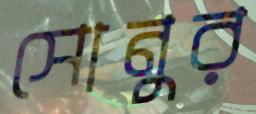
সোনুর